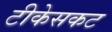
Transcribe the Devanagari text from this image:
टीकेसकट